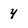
Character: 4